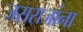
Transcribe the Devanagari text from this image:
जसराजांना